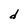
Character: d